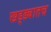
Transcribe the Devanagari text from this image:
खड्ड्यातच